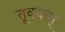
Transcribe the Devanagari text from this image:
तूक्कम्